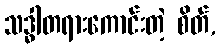
သဒ္ဓါတရားကောင်းတဲ့ စိတ်,